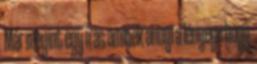
Már megint egy írás aminek annyi a lényege hogy